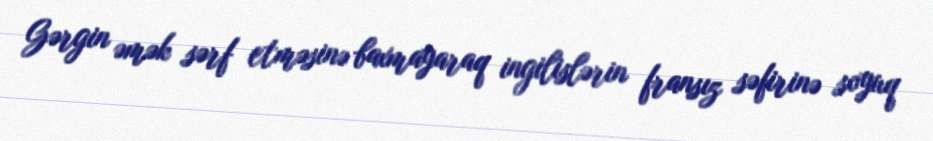
Gərgin əmək sərf etməsinə baxmayaraq ingilislərin fransız səfirinə soyuq